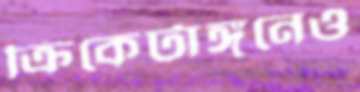
ক্রিকেটাঙ্গনেও